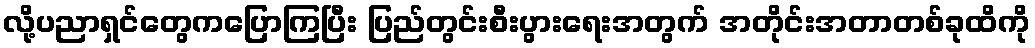
လို့ပညာရှင်တွေကပြောကြပြီး ပြည်တွင်းစီးပွားရေးအတွက် အတိုင်းအတာတစ်ခုထိကို